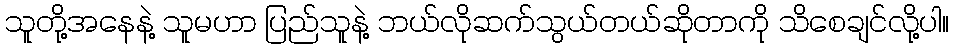
သူတို့အနေနဲ့ သူမဟာ ပြည်သူနဲ့ ဘယ်လိုဆက်သွယ်တယ်ဆိုတာကို သိစေချင်လို့ပါ။